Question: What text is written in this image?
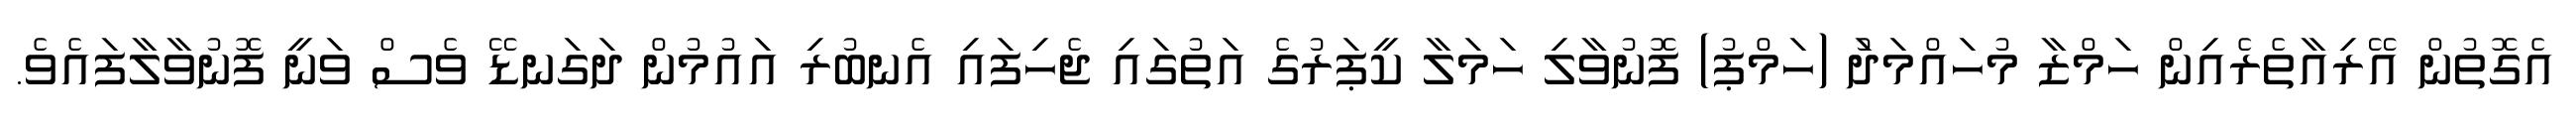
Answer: އެގޮތުން އޭރިއާތެރެއިން ހަމްޒާ މުހައްމަދުަ (ހަމްޕު) ފޮނުވާލި ހަމަލާ ކީޕަރުގެ އަތުގައި ޖެހިފައި އެނބުރި އައުމުން ދަގަނޑޭ ވެސް ވަނީ ފޮނުވާލާފައެވެ.